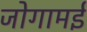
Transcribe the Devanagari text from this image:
जोगामई